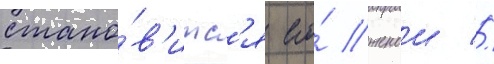
стано́в'итс'я его́ женои //